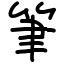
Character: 筆